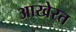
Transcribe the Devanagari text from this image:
आखेरत